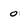
Character: 0